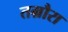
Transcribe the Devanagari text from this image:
तम्रौरा